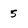
Character: 5